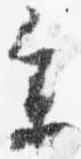
参